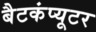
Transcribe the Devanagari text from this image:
बैटकंप्यूटर